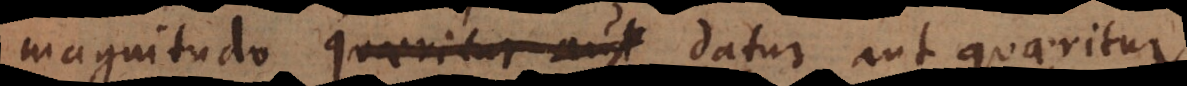
magnitudo quaeritur aut datur aut quaeritur